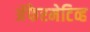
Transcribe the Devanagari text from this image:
अॅफेरमेटिव्ह